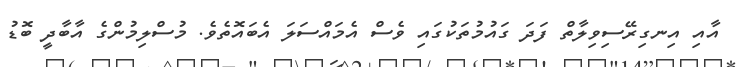
އާއި އިނގިރޭސިވިލާތް ފަދަ ގައުމުތަކުގައި ވެސް އެމައްސަލަ އެބައޮތެވެ. މުސްލިމުންގެ އާބާދީ ބޮޑު